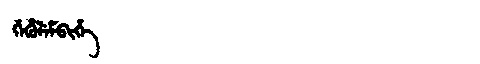
Manchu: ᡤᡝᡥᡠᠯᡝᠮᠪᡳᡥᡝ
Romanization: GEHULEMBIHE